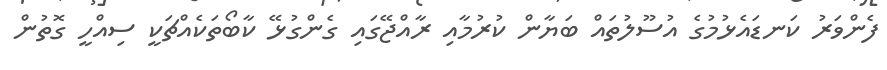
ފެންވަރު ކަނޑައެޅުމުގެ އުސޫލުތައް ބަޔާން ކުރުމާއި ރާއްޖޭގައި ގެންގުޅޭ ކާބޯތަކެއްޗަކީ ސިއްހީ ގޮތުން